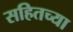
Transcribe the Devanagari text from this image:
सहितच्या